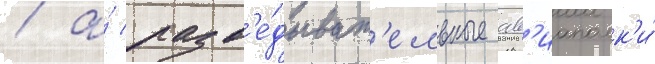
/ а́ разв'е́дыват'ельные ав'иаполк'и́